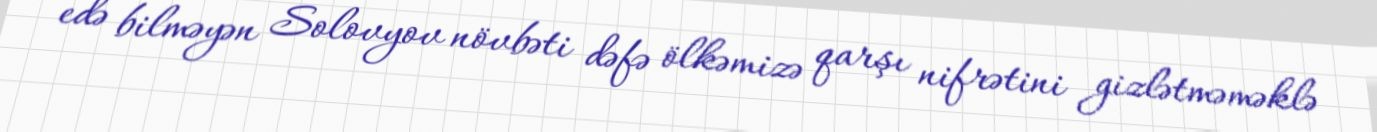
edə bilməyən Solovyov növbəti dəfə ölkəmizə qarşı nifrətini gizlətməməklə